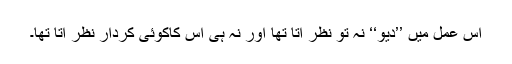
اس عمل میں ’’دیو‘‘ نہ تو نظر آتا تھا اور نہ ہی اس کاکوئی کردار نظر آتا تھا۔